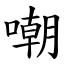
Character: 嘲